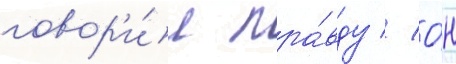
говор'и́л пра́вду // О́н